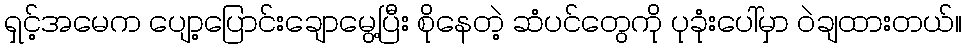
ရှင့်အမေက ပျော့ပြောင်းချောမွေ့ပြီး စိုနေတဲ့ ဆံပင်တွေကို ပုခုံးပေါ်မှာ ဝဲချထားတယ်။